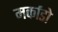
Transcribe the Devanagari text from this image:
मर्काडो